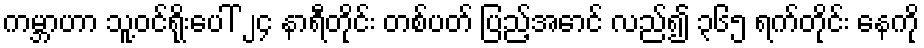
ကမ္ဘာဟာ သူ့ဝင်ရိုးပေါ် ၂၄ နာရီတိုင်း တစ်ပတ် ပြည့်အောင် လည်၍ ၃၆၅ ရက်တိုင်း နေကို